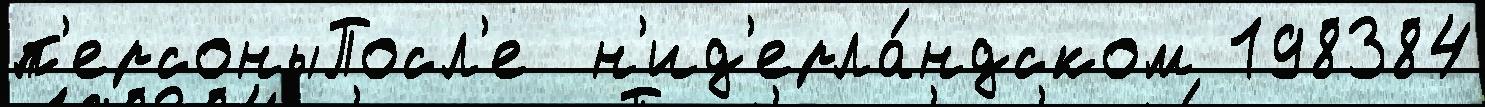
п'ерсоныПосл'е  н'ид'ерла́ндском 198384